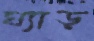
ঘ্যাড়